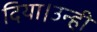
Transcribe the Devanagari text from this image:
दिया।उन्ही